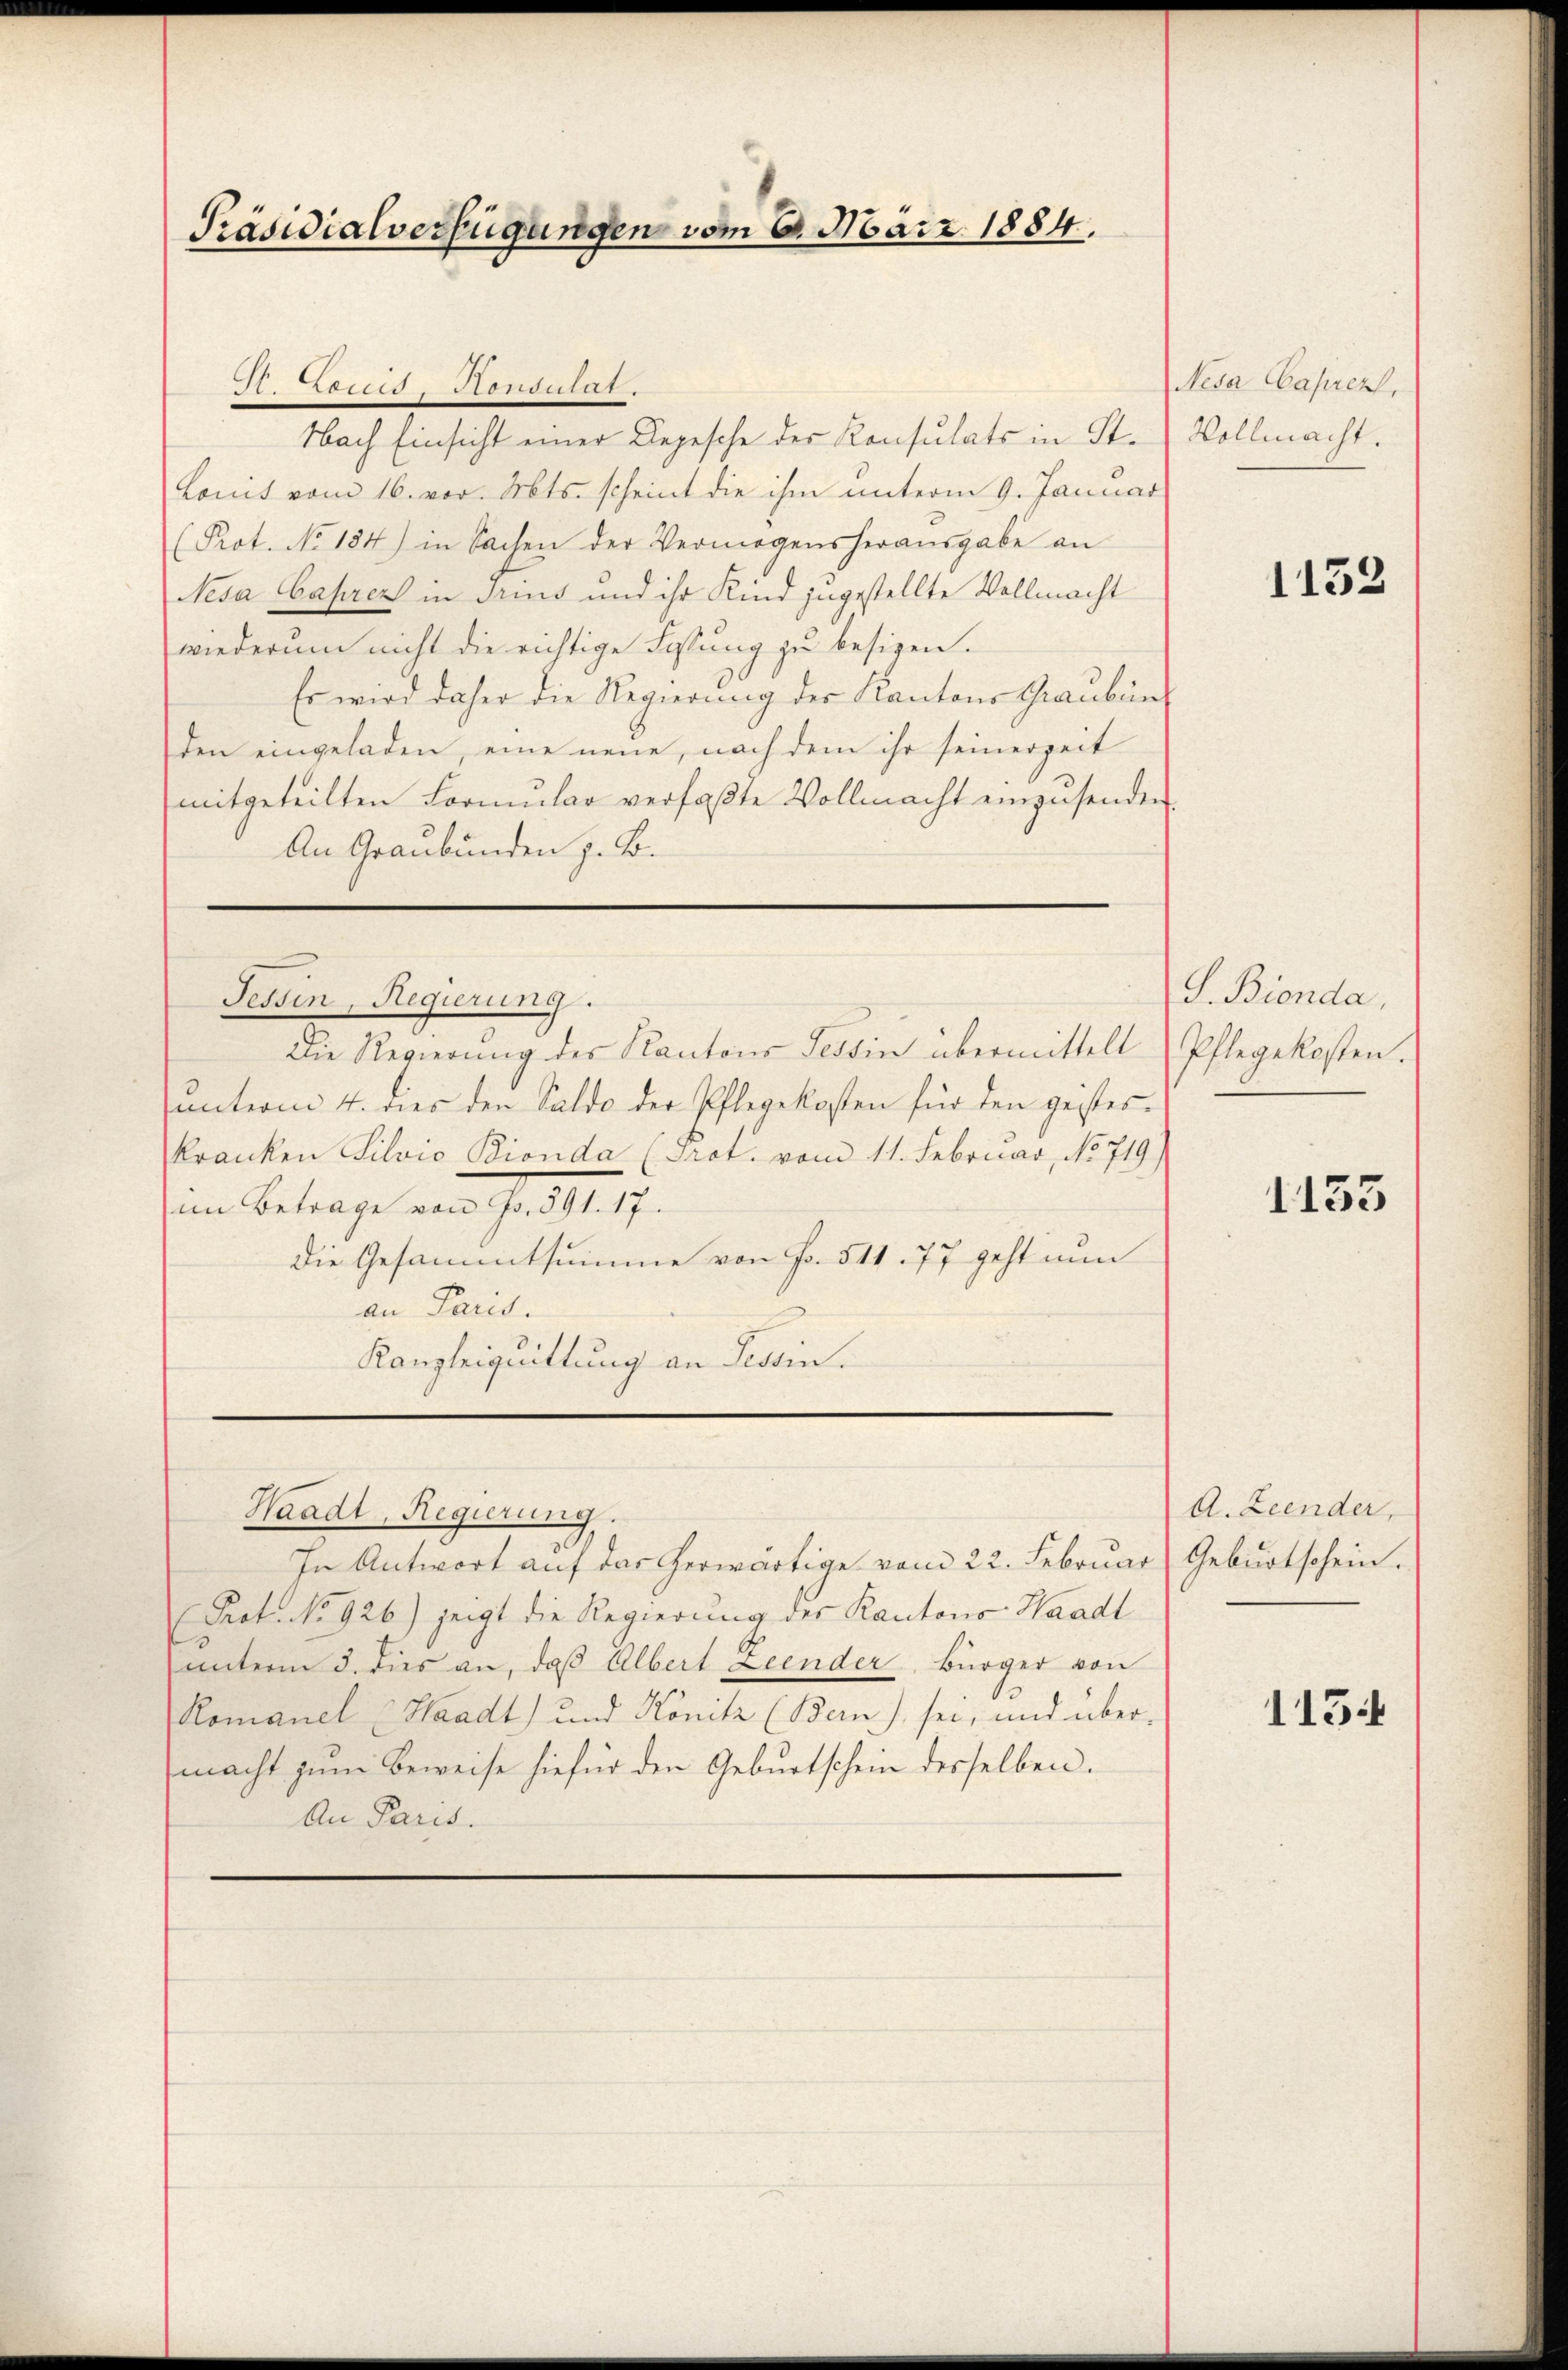
Präsidialverfügungen vom 6. März 1884.

Ben5Hondutat.
Nach Einsicht einer Depesche des Konsulats in St.
Lonis vom 16. vor. Mts. scheint die ihm unterm 9. Januar
(Prot. No 184) in Sachen der Vermögensheraŭsgabe an
Nesa Caprez in Trins und ihr Kind zugestellte Vollmacht
wiederum nicht die richtige Fassung zu besizen.
Es wird daher die Regierung der Kantons Graubün
den eingeladen, eine neue, nach dem ihr seinerzeit
mitgeteilten Formŭlar verfaßte Vollmacht einzusenden.
An Graubünden z. B.

Die Regierŭng des Kantons Tessin übermittelt Pflegekosten.
ŭnterm 4. dies den Saldo der Pflegekosten für den geistes-
kranken Silvio Bionda (Prot. vom 11. Februar, No 719.)
im Betrage von Fr. 391. 17.
die Gesammtsumme von Fr. 511. 77 geht nun
an Paris.
Kanzleiquittung an dessin.

Tessin, Regierung.

Waadt, Regierung.

In Antwort auf das herwärtige vom 22. Februar
Prot. No 926) zeigt die Regierung der Kantons Handl
unterm 3. dies an, daß Albert Leender Bürger von
Komanel (Waadt) und Konitz (Bern) sei, und übermacht zum Beweise hiefür den Geburtschein desselben.
An Paris.

Nesa Caprez,
Vollmacht.

1132

S. Bienda,

1133

A. Zeender,
Geburtschein.

113